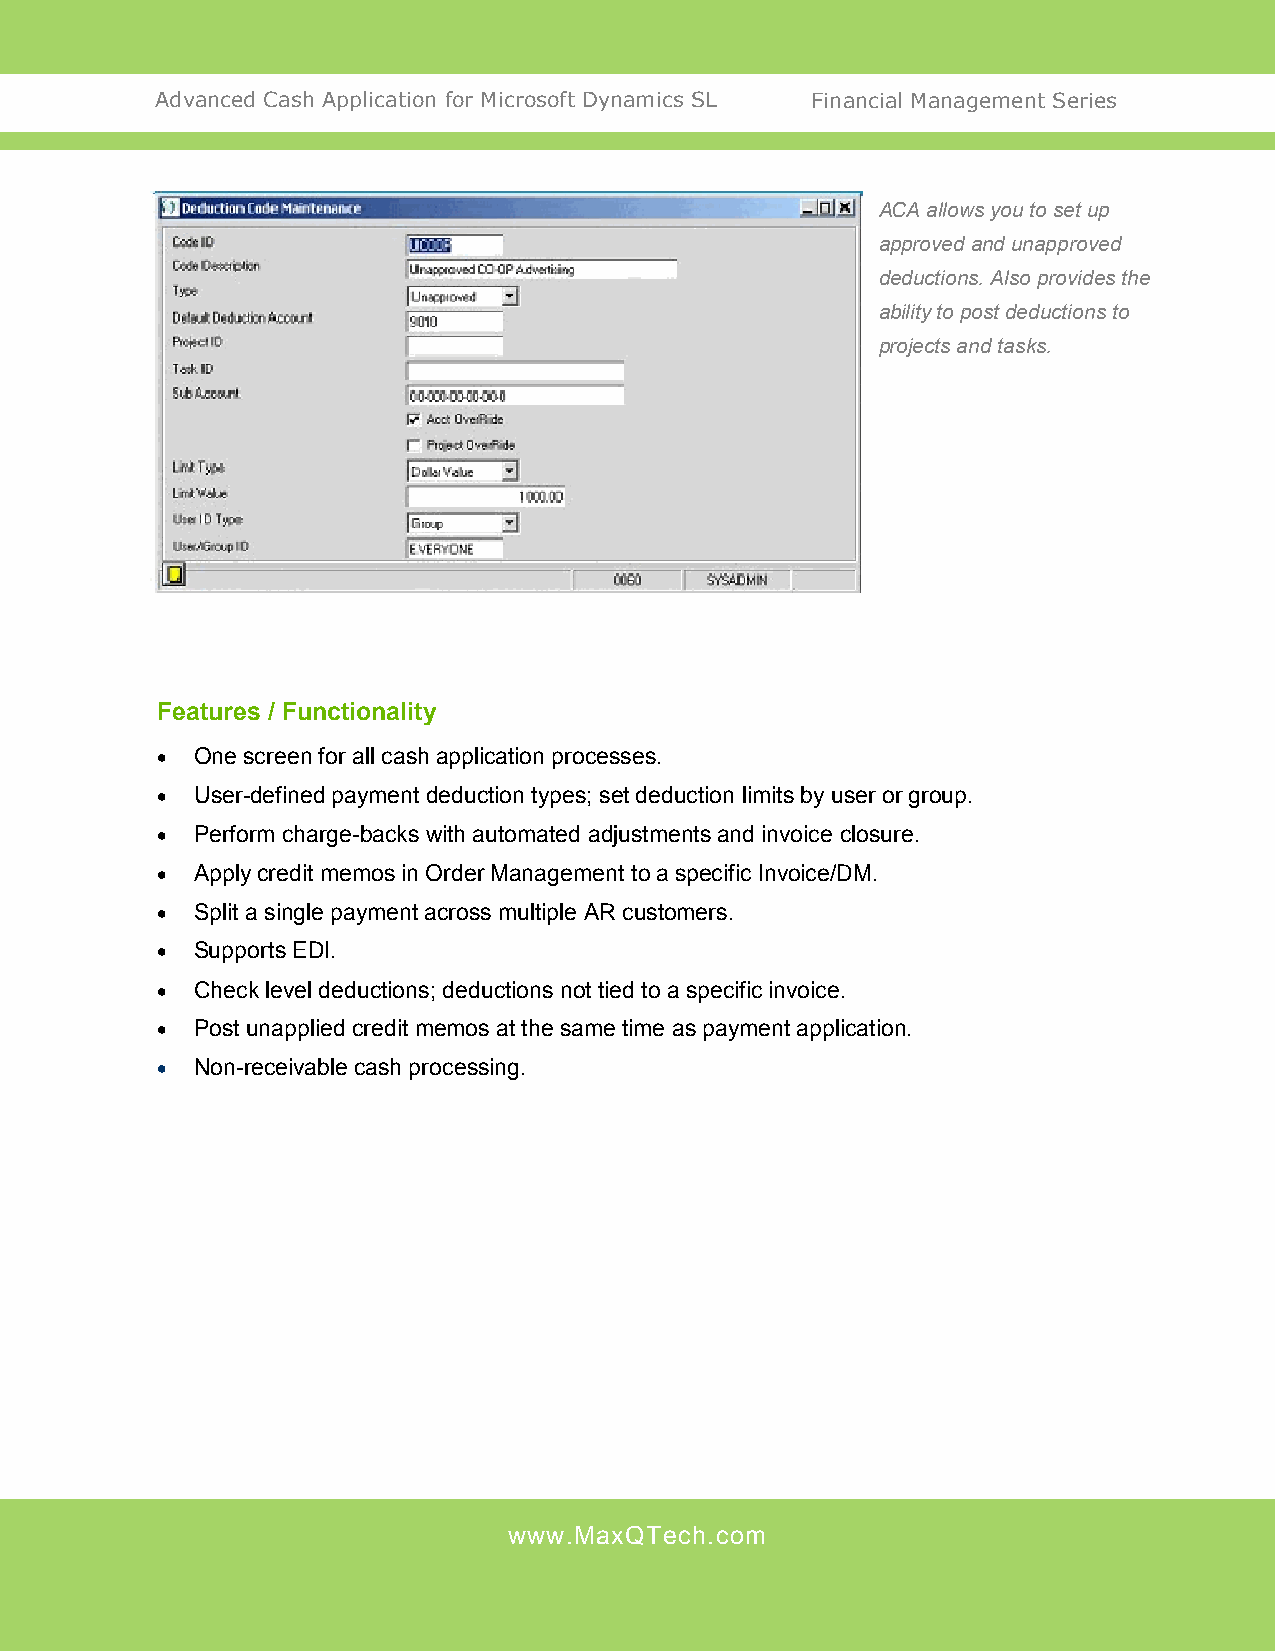
Advanced Cash Application for Microsoft Dynamics SL Financial Management Series
 ACA allows you to set up
 approved and unapproved
 deductions. Also provides the
 ability to post deductions to
 projects and tasks.
 Features / Functionality
   One screen for all cash application processes.
   User-defined payment deduction types; set deduction limits by user or group.
   Perform charge-backs with automated adjustments and invoice closure.
   Apply credit memos in Order Management to a specific Invoice/DM.
   Split a single payment across multiple AR customers.
   Supports EDI.
   Check level deductions; deductions not tied to a specific invoice.
   Post unapplied credit memos at the same time as payment application.
   Non-receivable cash processing.
 www.MaxQTech.com